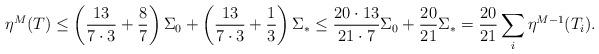
LaTeX: \begin{align*}\eta^M(T) \le \left(\frac{13}{7 \cdot 3}+ \frac{8}{7}\right)\Sigma_0 + \left(\frac{13}{7 \cdot 3} + \frac{1}{3}\right)\Sigma_* \le \frac{20\cdot 13}{21 \cdot 7}\Sigma_0 + \frac{20}{21}\Sigma_* = \frac{20}{21} \sum_i \eta^{M-1}(T_i).\end{align*}